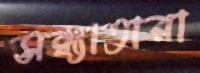
সন্ধ্যাতারা